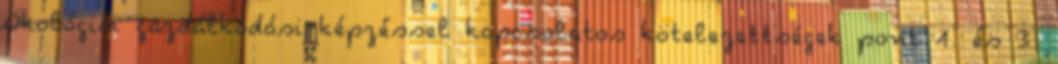
Ökológiai gazdálkodási képzéssel kapcsolatos kötelezettségek pont 1. és 3.